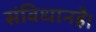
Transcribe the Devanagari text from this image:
संविधानहै।